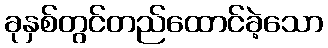
ခုနှစ်တွင်တည်ထောင်ခဲ့သော